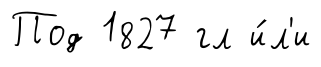
Под 1827 гл и́л'и